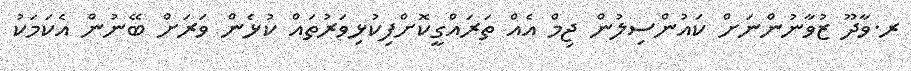
ރ.ވާދޫ ޒުވާނުންނަށް ކައުންސިލުން ޖިމް އެއް ތަރައްގީކޮށްފިކުޅިވަރުތައް ކުޅެން ވަރަށް ބޭނުން އެކަމަކު